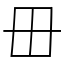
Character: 毌